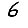
Digit: 6